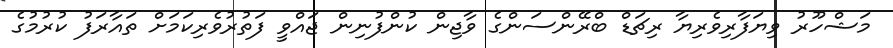
މަޝްހޫރު ވިޔަފާރިވެރިޔާ ރިޗަޑް ބްރޭންސަންގެ ވާޖިން ކުންފުނިން ޖައްވީ ފަތުރުވެރިކަމަށް ތައާރަފު ކުރުމުގެ